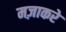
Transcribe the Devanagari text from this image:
मज़ाकरे